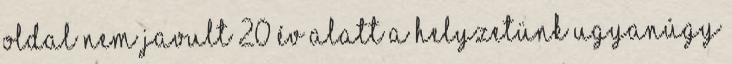
oldal Nem javult 20 év alatt a helyzetünk Ugyanúgy